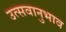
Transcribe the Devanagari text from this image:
उत्सवानुभाव